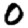
Digit: 0